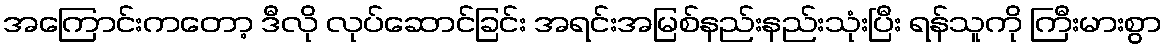
အကြောင်းကတော့ ဒီလို လုပ်ဆောင်ခြင်း အရင်းအမြစ်နည်းနည်းသုံးပြီး ရန်သူကို ကြီးမားစွာ